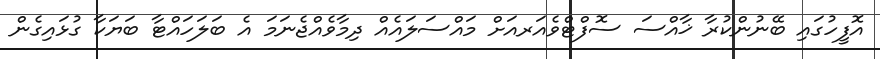
އޮފީހުގައި ބޭނުންކުރާ ޚާއްސަ ސޮފްޓްވެއަރއަށް މައްސަލައެއް ދިމާވެއްޖެނަމަ އެ ބަލަހައްޓާ ބަޔަކާ ގުޅައިގެން